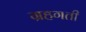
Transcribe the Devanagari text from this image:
ग्रहगती